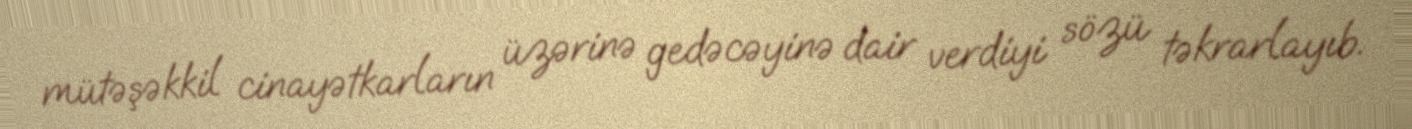
mütəşəkkil cinayətkarların üzərinə gedəcəyinə dair verdiyi sözü təkrarlayıb.